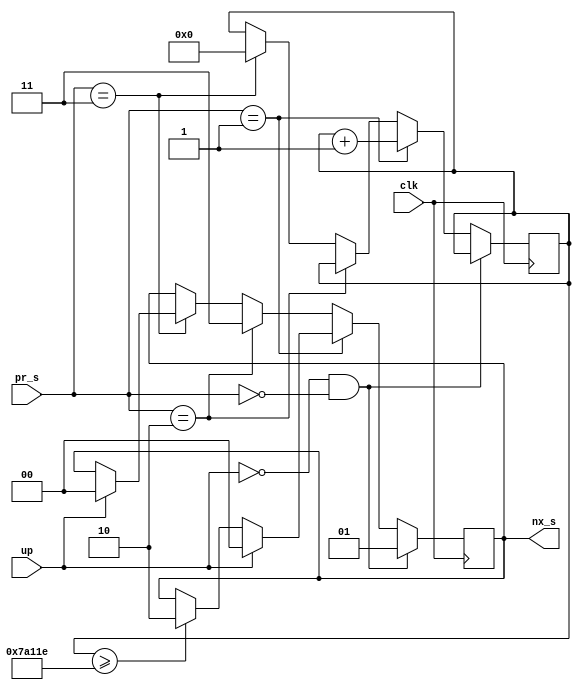
module upController(input clk, input up,
input[1:0] pr_s, output reg[1:0] nx_s);

parameter D = 500000;

reg[31:0] count = 32'd0;

always @(posedge clk)
begin
	if(up == 0 && pr_s == 2'd0)
	begin
		nx_s <= 2'd1;
	end
	else if(pr_s == 2'd1)
	begin
		count <= count + 1;
		if(count >= D - 2) nx_s <= 2'd2;
		if(up == 1)
		begin 
			nx_s <= 2'd0;
			
		end
	end
	else if(pr_s == 2'd2)
	begin
		
		nx_s <= 2'd3;
		
	end
	else if(pr_s == 2'd3)
	begin
		count <= 0;
		if(up == 1) nx_s <= 2'd0;
		
	end
end
endmodule

module downController(input clk, input down,
input[1:0] pr_s, output reg[1:0] nx_s);

parameter D = 500000;

reg[31:0] count = 32'd0;

always @(posedge clk)
begin
	if(down == 0 && pr_s == 2'd0)
	begin
		nx_s <= 2'd1;
	end
	else if(pr_s == 2'd1)
	begin
		count <= count + 1;
		if(count >= D - 2) nx_s <= 2'd2;
		if(down == 1)
		begin 
			nx_s <= 2'd0;
			
		end
	end
	else if(pr_s == 2'd2)
	begin
		
		nx_s <= 2'd3;
		
	end
	else if(pr_s == 2'd3)
	begin
		count <= 0;
		if(down == 1) nx_s <= 2'd0;
		
	end
end
endmodule